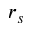
r _ { s }